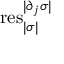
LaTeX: \mathrm { r e s } _ { | \sigma | } ^ { | \partial _ { j } \sigma | }